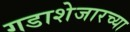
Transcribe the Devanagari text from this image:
गडाशेजारच्या